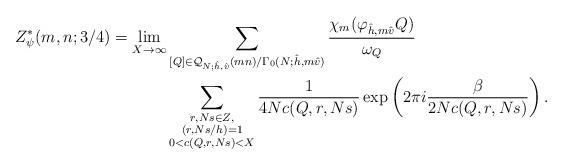
LaTeX: \begin{align*}Z^*_\psi(m,n;3/4)=\lim_{X\to \infty}&\sum_{[Q]\in \mathcal Q_{N;\hat h,\hat v}(mn) / \Gamma_0(N;\hat h,m\hat v)}\frac{\chi_m(\varphi_{\hat h, m \hat v} Q)}{\omega_Q}\\&\sum_{\substack{r,Ns\in Z,\\ (r,Ns/h)=1\\ 0<c(Q,r,Ns)<X}} \frac{1}{4Nc(Q,r,Ns)} \exp\left(2\pi i \frac{\beta}{2Nc(Q,r,Ns)}\right).\end{align*}